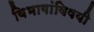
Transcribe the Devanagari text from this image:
विभागांविषयी